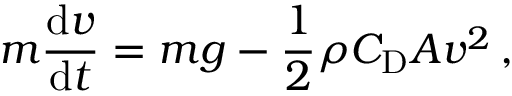
m { \frac { \mathrm { d } v } { \mathrm { d } t } } = m g - { \frac { 1 } { 2 } } \rho C _ { \mathrm { D } } A v ^ { 2 } \, ,